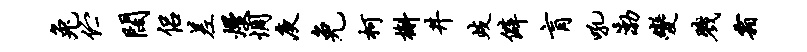
兔伫阔侣差熳惆庾免柯槲井歧僻肓吼渤变戮霜